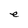
Character: e